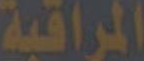
المراقبة